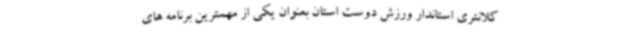
کلانتری استاندار ورزش دوست استان بعنوان یکی از مهمترین برنامه های